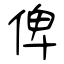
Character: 俾